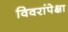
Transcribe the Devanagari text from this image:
विवरांपेक्षा